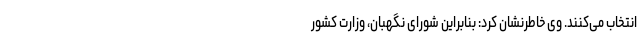
انتخاب می‌کنند. وی خاطرنشان کرد: بنابراین شورای نگهبان، وزارت کشور